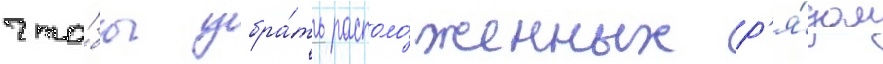
что́бы убра́ть располо́женных р'я́дом